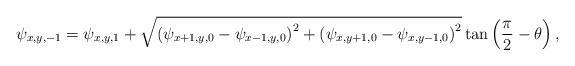
\begin{align*}{\psi _{x,y,-1}} = {\psi _{x,y,1}} + \sqrt {{{\left( {{\psi _{x + 1,y,0}} - {\psi _{x - 1,y,0}}} \right)}^2} + {{\left( {{\psi _{x,y + 1,0}} - {\psi _{x,y - 1,0}}} \right)}^2}} \tan \left( {\frac{\pi }{2} - \theta } \right),\end{align*}